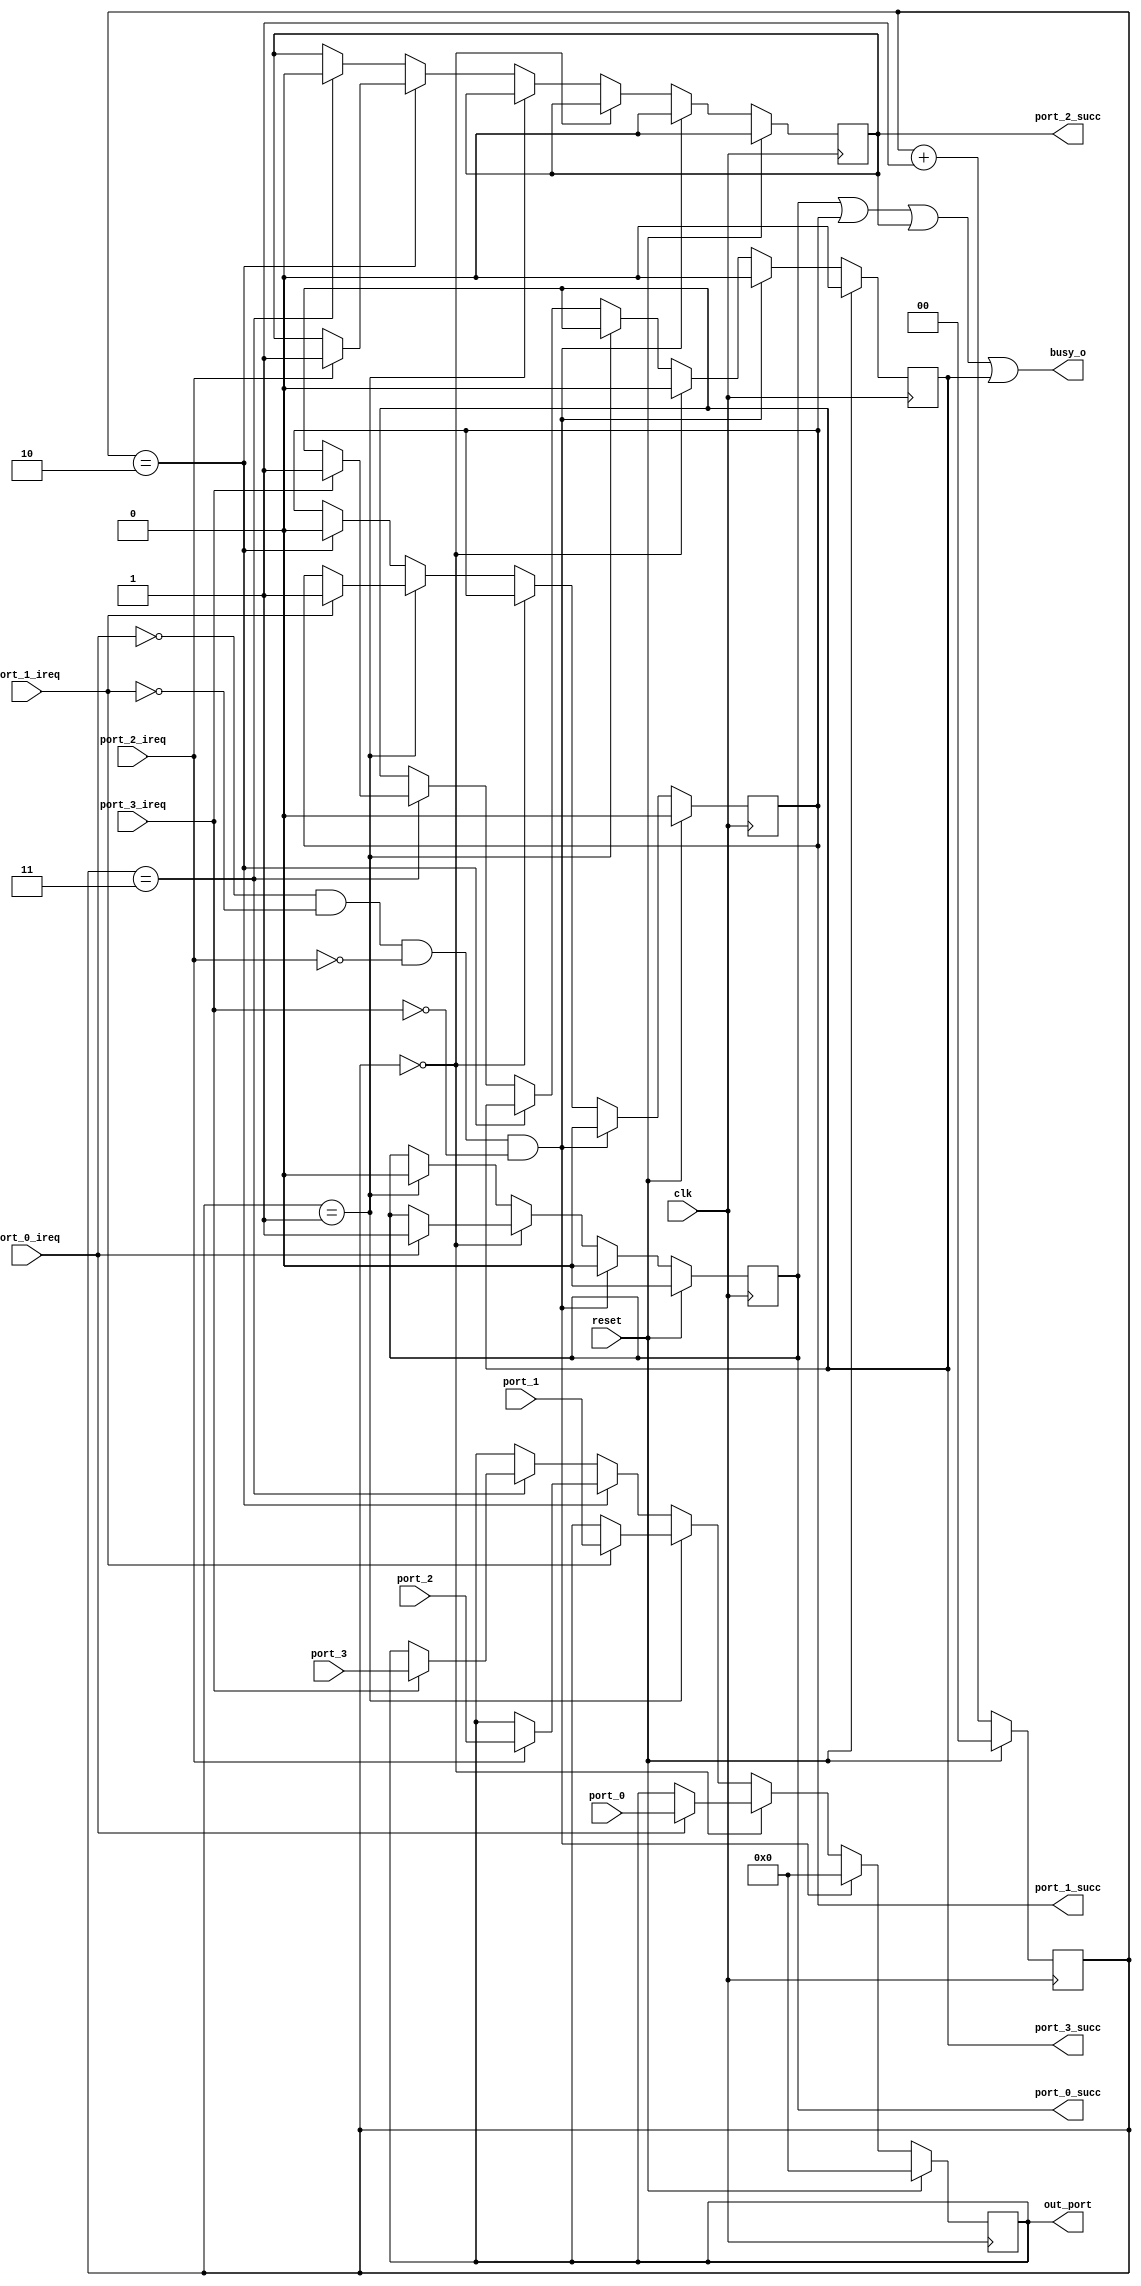
`timescale 1ns / 1ps
//////////////////////////////////////////////////////////////////////////////////
// Company: Filber Inc.
// 
// Design Name: Simple signal arbiter with round robin algorithm
// Module Name: arbiter_16bit
//////////////////////////////////////////////////////////////////////////////////


module arbiter_16bit(
    input wire clk,
    input wire reset,
    input wire [15:0] port_0,
    input wire port_0_ireq,
    output wire port_0_succ,
    input wire [15:0] port_1,
    input wire port_1_ireq,
    output wire port_1_succ,
    input wire [15:0] port_2,
    input wire port_2_ireq,
    output wire port_2_succ,
    input wire [15:0] port_3,
    input wire port_3_ireq,
    output wire port_3_succ,
    output wire busy_o,
    output wire [15:0] out_port
);

// Ready valid protocol
// individual ready feedback for all ports
    
// multi driven net warning    
    
reg[1:0] curr_in_port;
reg[15:0] arbit_state;

reg port_0_out;
reg port_1_out;
reg port_2_out;
reg port_3_out;

wire[1:0] next_port;
assign next_port = curr_in_port + 1;

// do not use negedge
//always @(negedge reset)
//begin
//    curr_in_port <= 0;
//end

always @(posedge clk)
begin
    if (reset) begin
        curr_in_port <= 2'b0;
        arbit_state <= 16'b0;
        port_0_out <= 0;
        port_1_out <= 0;
        port_2_out <= 0;
        port_3_out <= 0;
    end
    else begin
        if (port_0_ireq == 0 && port_1_ireq == 0 && port_2_ireq == 0 && port_3_ireq == 0) begin
            arbit_state <= 16'b0;
            port_0_out <= 0;
            port_1_out <= 0;
            port_2_out <= 0;
            port_3_out <= 0;
        end
        else if (curr_in_port == 0) begin
            port_3_out <= 0;
            if (port_0_ireq == 1) begin
                arbit_state <= port_0;
                port_0_out <= 1;
            end
        end
        else if (curr_in_port == 1) begin
            port_0_out <= 0;
            if (port_1_ireq == 1) begin
                arbit_state <= port_1;
                port_1_out <= 1;
            end
        end
        else if (curr_in_port == 2) begin
            port_1_out <= 0;
            if (port_2_ireq == 1) begin
                arbit_state <= port_2;
                port_2_out <= 1;
            end
        end
        else if (curr_in_port == 3) begin
            port_2_out <= 0;
            if (port_3_ireq == 1) begin
                arbit_state <= port_3;
                port_3_out <= 1;
            end
        end
        curr_in_port <= next_port;
    end
end

assign out_port = arbit_state;
assign busy_o = port_0_out | port_1_out | port_2_out | port_3_out;

assign port_0_succ = port_0_out;
assign port_1_succ = port_1_out;
assign port_2_succ = port_2_out;
assign port_3_succ = port_3_out;

endmodule